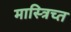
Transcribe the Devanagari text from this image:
मास्त्रिच्त